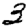
Digit: 3